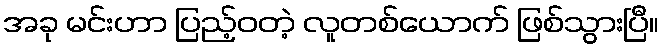
အခု မင်းဟာ ပြည့်ဝတဲ့ လူတစ်ယောက် ဖြစ်သွားပြီ။